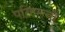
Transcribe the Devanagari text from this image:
पतिपत्‍नी